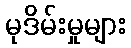
မုဒိမ်းမှုများ